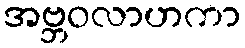
အဗ္ဘဝလာဟကာ